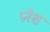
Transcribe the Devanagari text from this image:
प्रनेश